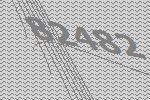
82482